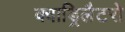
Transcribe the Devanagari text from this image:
क्वाड्रिलैटरो